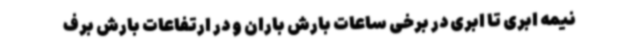
نیمه ابری تا ابری در برخی ساعات بارش باران و در ارتفاعات بارش برف